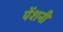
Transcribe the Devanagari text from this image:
पेंशनी